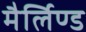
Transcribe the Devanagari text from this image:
मैर्लिण्ड